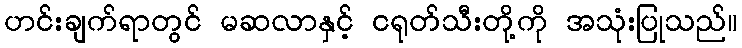
ဟင်းချက်ရာတွင် မဆလာနှင့် ငရုတ်သီးတို့ကို အသုံးပြုသည်။